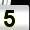
Digit: 5